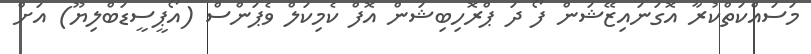
މަސައްކަތްކުރާ އޮގަނައިޒޭޝަން ފޯ ދަ ޕްރޮހިބިޝަން އޮފް ކެމިކަލް ވެޕަންސް (އޯޕީސީޑަބްލިޔޫ) އަށް